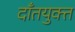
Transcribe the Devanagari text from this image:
दाँतयुक्त